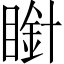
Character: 𭿒